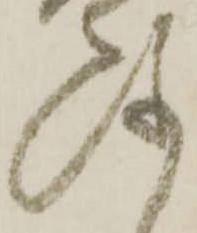
儀